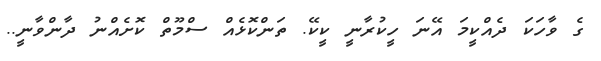
ގެ ވާހަކަ ދެއްކީމަ އޭނަ ހީކުރާނީ ކީކޭ. ތަންކޮޅެއް ސްމޫތް ކޮށެއްނު ދާންވާނީ..